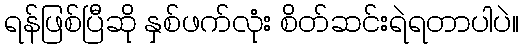
ရန်ဖြစ်ပြီဆို နှစ်ဖက်လုံး စိတ်ဆင်းရဲရတာပါပဲ။